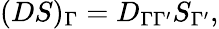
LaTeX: (DS)_{\Gamma}=D_{\Gamma\Gamma^{\prime}}S_{\Gamma^{\prime}},